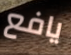
يافع